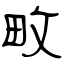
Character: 畋